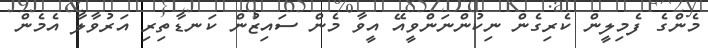
މެންގެ ފެމިލީން ކެރިގެން ނިކުންނަންވީއޭ އީވާ މެން ސައިޒުން ކަނޑާތިރި އަރުވާލާ އެމެން